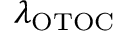
\lambda _ { \mathrm { { O T O C } } }